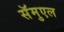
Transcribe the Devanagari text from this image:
सॅमुएल